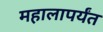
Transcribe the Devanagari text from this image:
महालापर्यंत